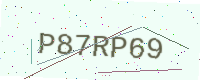
Text: P87RP69